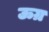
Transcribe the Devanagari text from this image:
ऊग्र